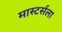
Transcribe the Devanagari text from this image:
मास्टर्सला